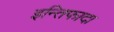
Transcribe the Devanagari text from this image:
इन्तिफादा